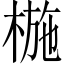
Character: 椸